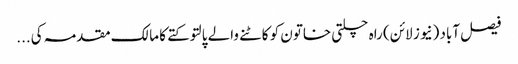
فیصل آباد (نیوز لائن) راہ چلتی خاتون کو کاٹنے والے پالتو کتے کا مالک مقدمہ کی...